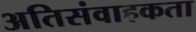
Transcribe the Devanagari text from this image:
अतिसंवाहकता